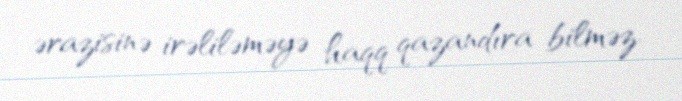
ərazisinə irəliləməyə haqq qazandıra bilməz.